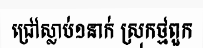
ជ្រៅស្លាប់១នាក់ ស្រុកថ្មពួក